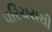
પરિચયથી